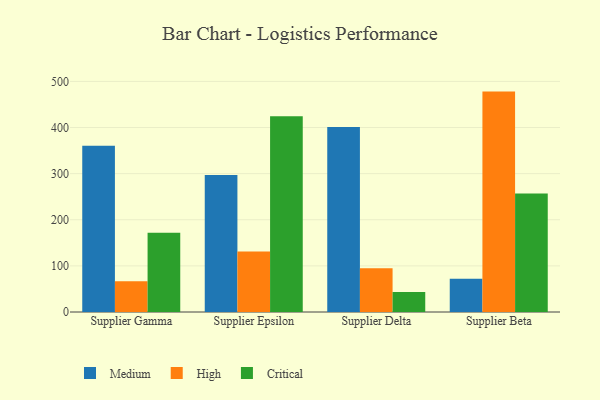
{"axis": {"x": "Supplier", "y": "Budget (USD K)"}, "legend": ["Critical", "High", "Medium"], "data": [{"x": "Supplier Gamma", "y": 360.7, "type": "Medium"}, {"x": "Supplier Gamma", "y": 66.5, "type": "High"}, {"x": "Supplier Gamma", "y": 172.0, "type": "Critical"}, {"x": "Supplier Epsilon", "y": 296.9, "type": "Medium"}, {"x": "Supplier Epsilon", "y": 131.4, "type": "High"}, {"x": "Supplier Epsilon", "y": 424.7, "type": "Critical"}, {"x": "Supplier Delta", "y": 401.3, "type": "Medium"}, {"x": "Supplier Delta", "y": 95.0, "type": "High"}, {"x": "Supplier Delta", "y": 43.1, "type": "Critical"}, {"x": "Supplier Beta", "y": 72.2, "type": "Medium"}, {"x": "Supplier Beta", "y": 477.9, "type": "High"}, {"x": "Supplier Beta", "y": 256.9, "type": "Critical"}]}